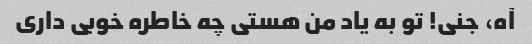
آه، جنی! تو به یاد من هستی چه خاطره خوبی داری